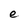
Character: e